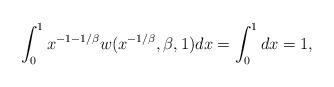
LaTeX: \begin{align*}\int_{0}^{1}x^{-1-1/\beta}w(x^{-1/\beta}, \beta, 1)dx = \int_{0}^{1}dx = 1,\end{align*}